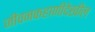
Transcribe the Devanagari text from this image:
जीवनकहाणीदेखील